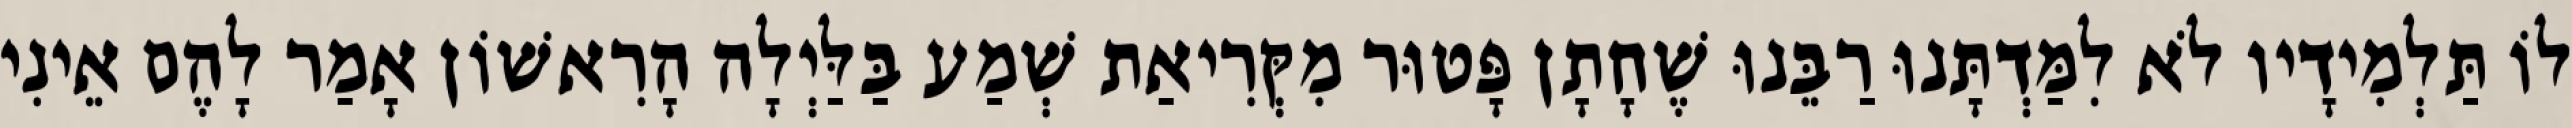
לוֹ תַּלְמִידָיו לֹא לִמַּדְתָּנוּ רַבֵּנוּ שֶׁחָתָן פָּטוּר מִקְּרִיאַת שְׁמַע בַּלַּיְלָה הָרִאשׁוֹן אָמַר לָהֶם אֵינִי